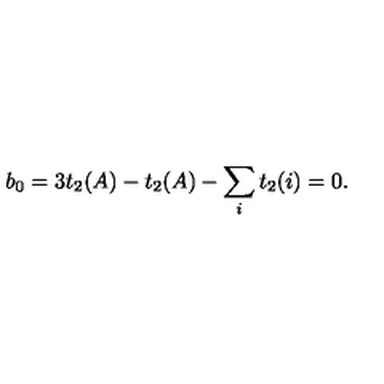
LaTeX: b _ { 0 } = 3 t _ { 2 } ( A ) - t _ { 2 } ( A ) - \sum _ { i } t _ { 2 } ( i ) = 0 .